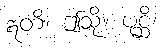
ဣတိ၊ ဤသို့။ ပုစ္ဆိ၊